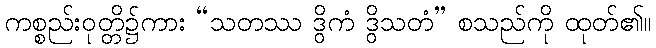
ကစ္စည်းဝုတ္တိ၌ကား “သတဿ ဒွိကံ ဒွိသတံ” စသည်ကို ထုတ်၏။